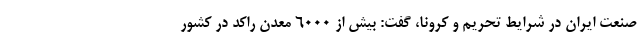
صنعت ایران در شرایط تحریم و کرونا، گفت: بیش از ۶۰۰۰ معدن راکد در کشور